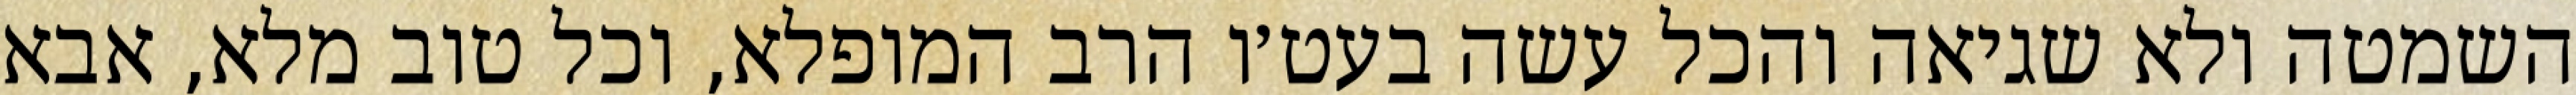
השמטה ולא שגיאה והכל עשה בעט׳ו הרב המופלא, וכל טוב מלא, אבא